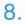
8.